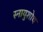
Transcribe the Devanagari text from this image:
स्नायुशोथ